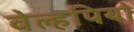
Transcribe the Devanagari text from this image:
वेल्हपियो